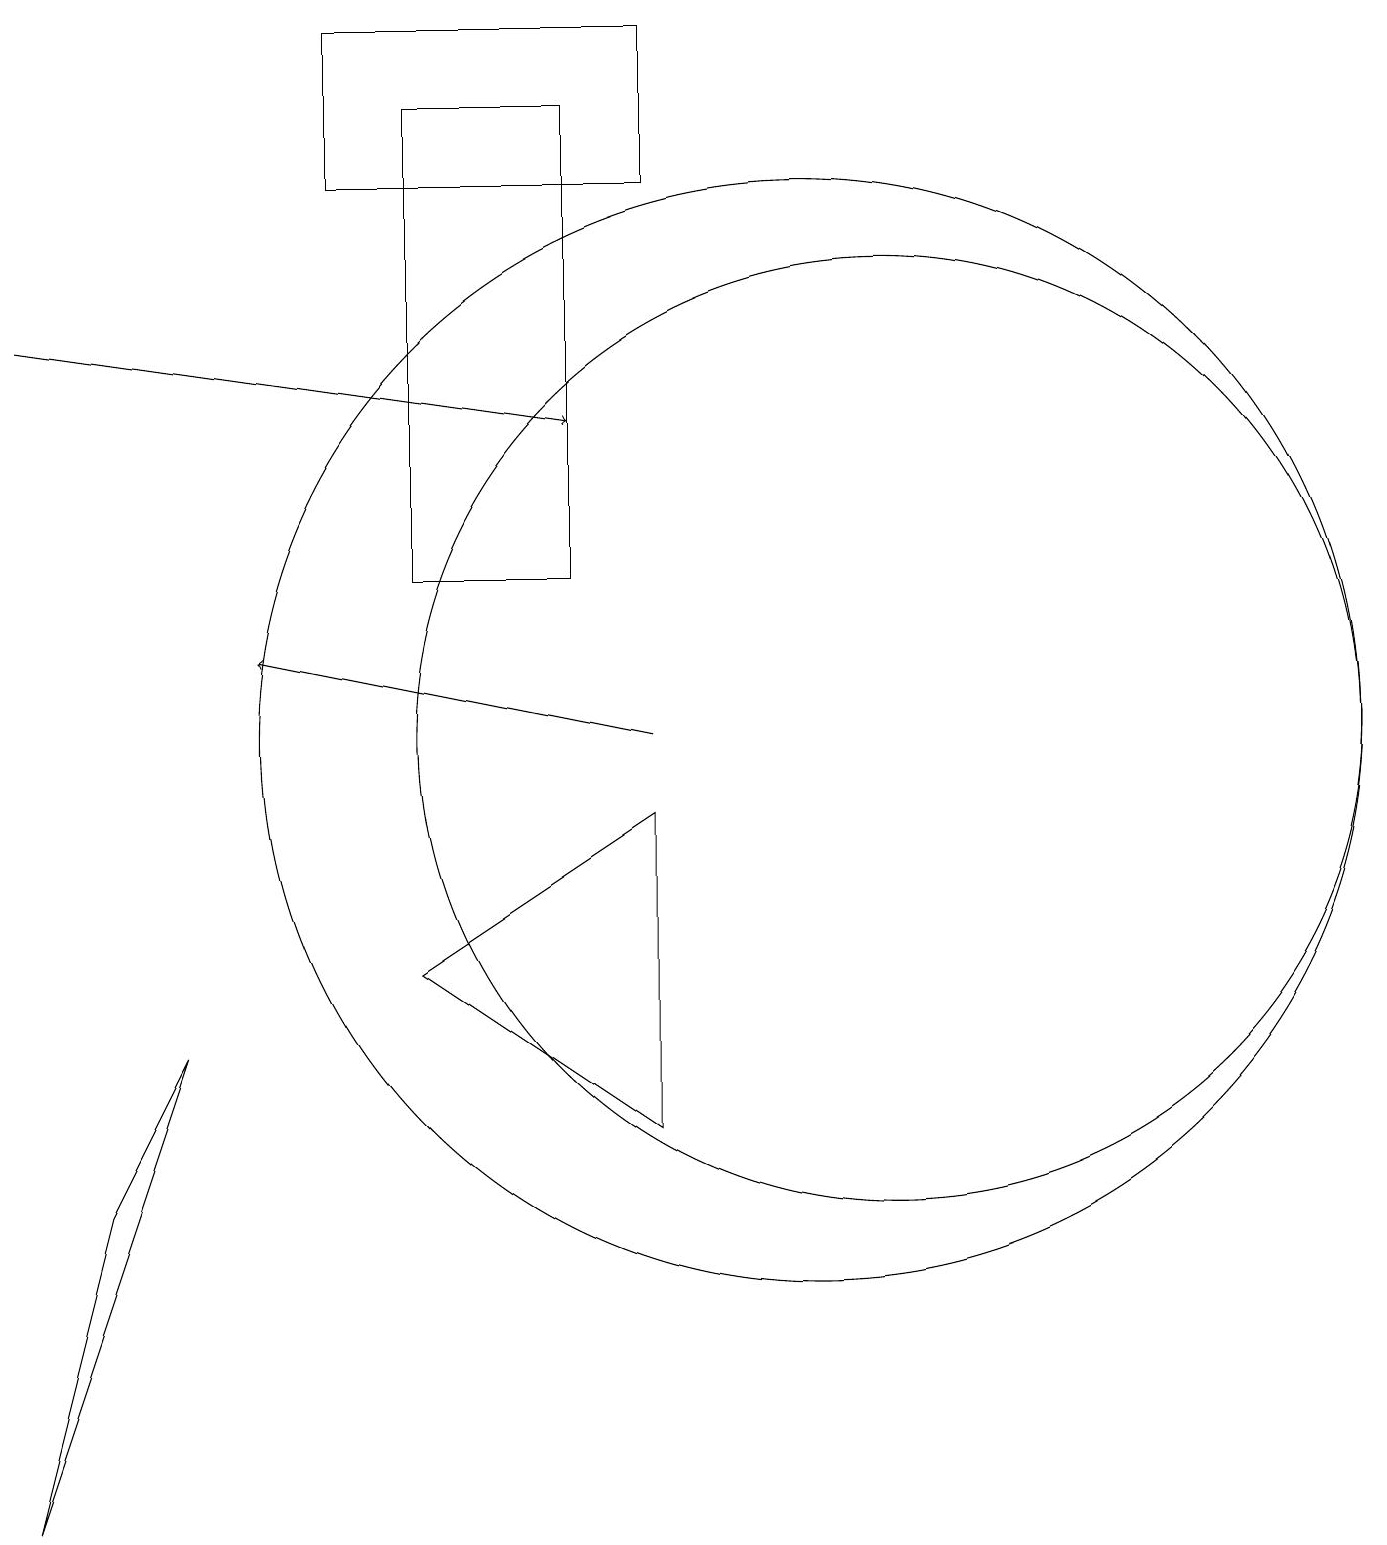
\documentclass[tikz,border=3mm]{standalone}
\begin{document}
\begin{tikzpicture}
\draw (11,10) circle (6);
\draw (5,18) rectangle (7,12);
\draw[->] (8,10) -- (3,11);
\draw[->] (0,15) -- (7,14);
\draw (8,5) -- (5,7) -- (8,9) -- cycle;
\draw (8,17) rectangle (4,19);
\draw (2,6) -- (1,4) -- (0,0) -- cycle;
\draw (10,10) circle (7);
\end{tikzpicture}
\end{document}